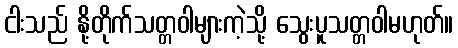
ငါးသည် နို့တိုက်သတ္တဝါများကဲ့သို့ သွေးပူသတ္တဝါမဟုတ်။